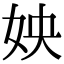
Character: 姎